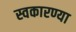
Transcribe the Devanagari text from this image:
स्वकारण्या